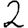
Digit: 2